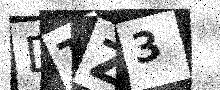
Text: DTZ3